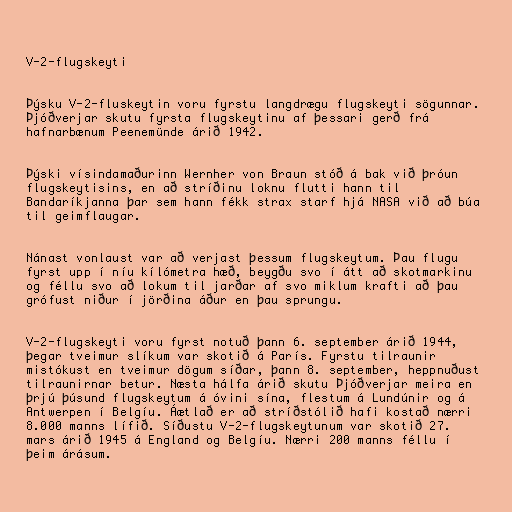
V-2-flugskeyti

Þýsku V-2-fluskeytin voru fyrstu langdrægu flugskeyti sögunnar.
Þjóðverjar skutu fyrsta flugskeytinu af þessari gerð frá
hafnarbænum Peenemünde árið 1942.

Þýski vísindamaðurinn Wernher von Braun stóð á bak við þróun
flugskeytisins, en að stríðinu loknu flutti hann til
Bandaríkjanna þar sem hann fékk strax starf hjá NASA við að búa
til geimflaugar.

Nánast vonlaust var að verjast þessum flugskeytum. Þau flugu
fyrst upp í níu kílómetra hæð, beygðu svo í átt að skotmarkinu
og féllu svo að lokum til jarðar af svo miklum krafti að þau
grófust niður í jörðina áður en þau sprungu.

V-2-flugskeyti voru fyrst notuð þann 6. september árið 1944,
þegar tveimur slíkum var skotið á París. Fyrstu tilraunir
mistókust en tveimur dögum síðar, þann 8. september, heppnuðust
tilraunirnar betur. Næsta hálfa árið skutu Þjóðverjar meira en
þrjú þúsund flugskeytum á óvini sína, flestum á Lundúnir og á
Antwerpen í Belgíu. Áætlað er að stríðstólið hafi kostað nærri
8.000 manns lífið. Síðustu V-2-flugskeytunum var skotið 27.
mars árið 1945 á England og Belgíu. Nærri 200 manns féllu í
þeim árásum.